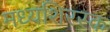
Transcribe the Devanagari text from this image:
मध्यशिरस्क